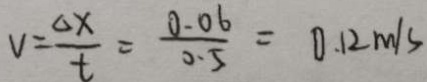
v = \frac { \Delta x } { t } = \frac { 0 . 0 6 } { 0 . 5 } = 0 . 1 2 m / s